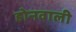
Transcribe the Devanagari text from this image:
होनवाली